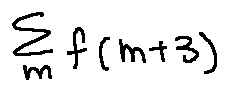
\sum \limits _ { m } f ( m + 3 )